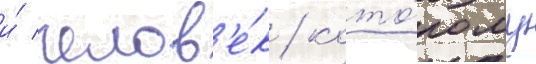
и́ челов'е́к / кото́рому